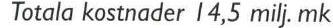
Totala kostnader 14,5 milj. mk